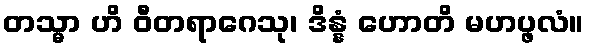
တသ္မာ ဟိ ဝီတရာဂေသု၊ ဒိန္နံ ဟောတိ မဟပ္ဖလံ။